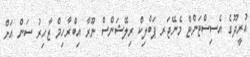
އުރީދޫގެ އެސިސްޓަންޓް މެނޭޖަރ ޕަބްލިކް ރިލޭޝަންސް ނޫރާ އިބްރާހިމް ޒާހިރު ސަން އަށް